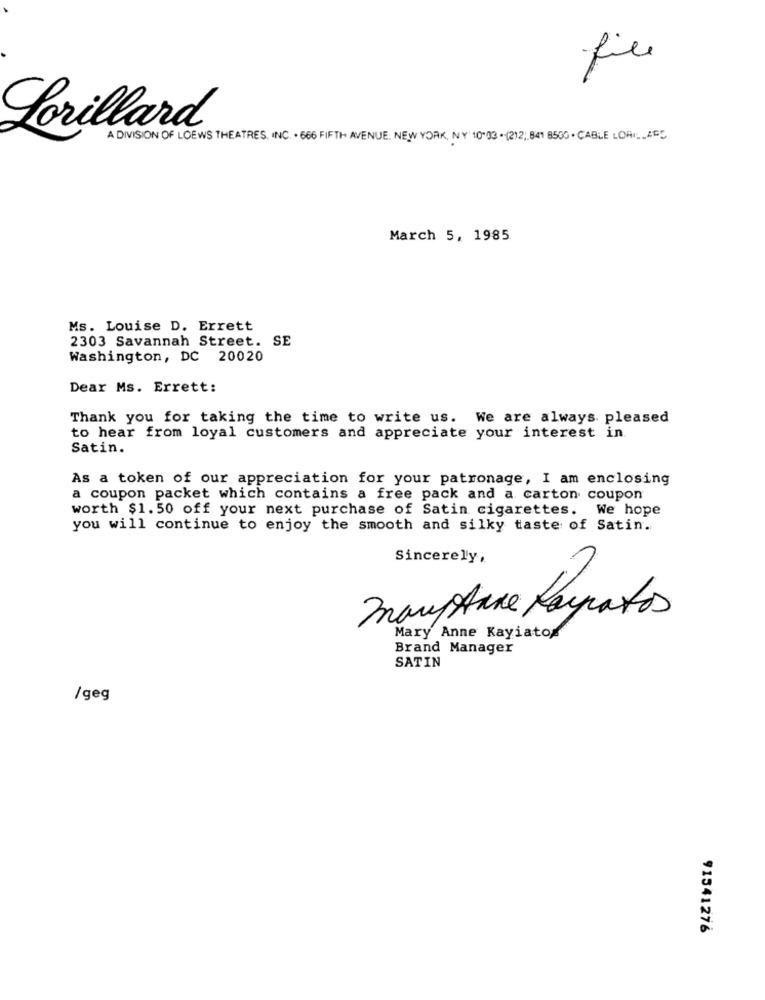
file
Lorillard
A DIVISION OF LOEWS THEATRES, INC. . 666 FIFTH AVENUE, NEW YORK, NY 10.03 .(2)2) 841 8500 . CABLE LOW_ABC
March 5, 1985
Ms. Louise D. Errett
2303 Savannah Street. SE
Washington, DC 20020
Dear Ms. Errett:
Thank you for taking the time to write us. We are always. pleased
to hear from loyal customers and appreciate your interest in
Satin.
As a token of our appreciation for your patronage, I am enclosing
a coupon packet which contains a free pack and a carton coupon
worth $1.50 off your next purchase of Satin cigarettes. We hope
you will continue to enjoy the smooth and silky taste of Satin.
Sincerely,
manstane Poyatos
Mary Anne Kayiato
Brand Manager
SATIN
/geg
91541276